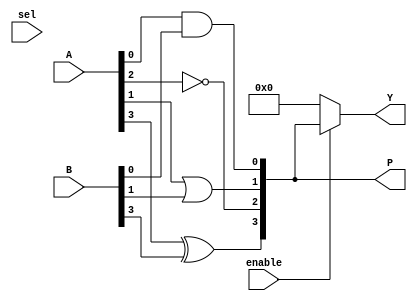
module CLB (
    input wire [3:0] A,         // 4-bit input bus
    input wire [3:0] B,         // 4-bit input bus
    input wire sel,             // Select signal for multiplexer
    input wire enable,          // Enable signal for the logic block
    output wire [3:0] Y,        // 4-bit output bus
    output wire [3:0] P         // Product terms output
);

// Internal signals for product terms
wire [3:0] product_terms;

// Logic Functions
assign product_terms[0] = A[0] & B[0]; // AND operation
assign product_terms[1] = A[1] | B[1]; // OR operation
assign product_terms[2] = ~A[2];        // NOT operation
assign product_terms[3] = A[3] ^ B[3]; // XOR operation

// Output Logic
assign Y = enable ? (sel ? product_terms : {product_terms[3:1], product_terms[0]}) : 4'b0000;

// Assigning product terms to output for demonstration
assign P = product_terms;

endmodule